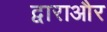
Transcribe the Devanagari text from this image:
द्वाराऔर